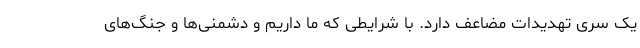
یک سری تهدیدات مضاعف دارد. با شرایطی که ما داریم و دشمنی‌ها و جنگ‌های